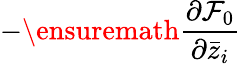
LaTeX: -\ensuremath{\frac{\partial{\mathcal F}_{0}}{\partial\bar{z}_{i}}}